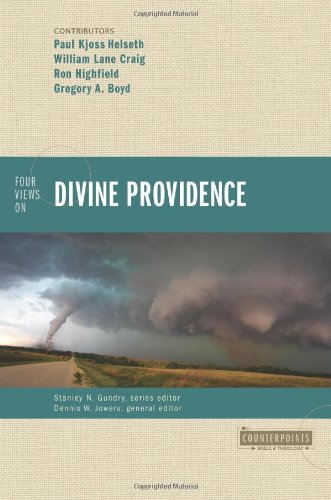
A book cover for Four Views on Divine Providence (Counterpoints: Bible and Theology); Christian Books & Bibles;